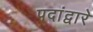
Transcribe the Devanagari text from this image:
पदांद्वारे